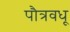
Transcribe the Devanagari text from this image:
पौत्रवधू